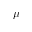
\mu